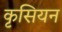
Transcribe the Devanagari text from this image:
कृसियन